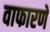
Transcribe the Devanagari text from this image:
वाफारणे